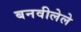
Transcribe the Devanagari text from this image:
बनवीलेले